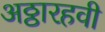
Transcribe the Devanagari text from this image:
अठ्ठारहवी